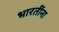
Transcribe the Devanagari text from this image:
भारतींना